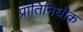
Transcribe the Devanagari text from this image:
प्रातिनिधीक